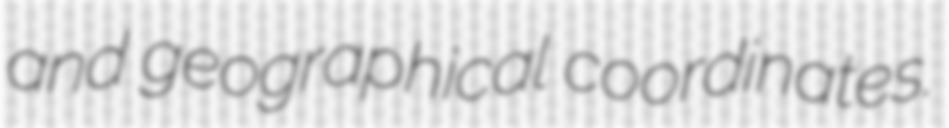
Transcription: and geographical coordinates.